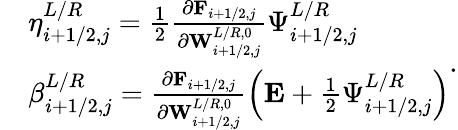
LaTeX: \begin{array}{rl}&{\eta_{i+1/2,j}^{L/R}=\frac{1}{2}\frac{\partial\mathbf{F}_{i+1/2,j}}{\partial\mathbf{W}_{i+1/2,j}^{L/R,0}}\Psi_{i+1/2,j}^{L/R}}\\ &{\beta_{i+1/2,j}^{L/R}=\frac{\partial\mathbf{F}_{i+1/2,j}}{\partial\mathbf{W}_{i+1/2,j}^{L/R,0}}\left(\mathbf{E}+\frac{1}{2}\Psi_{i+1/2,j}^{L/R}\right)}\end{array}.